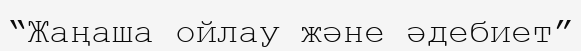
“Жаңаша ойлау және әдебиет”